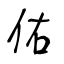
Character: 佑